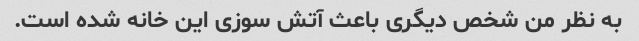
به نظر من شخص دیگری باعث آتش سوزی این خانه شده است.